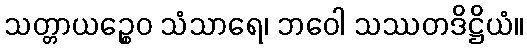
သတ္တာယဉ္စေဝ သံသာရေ၊ ဘဝေါ သဿတဒိဋ္ဌိယံ။